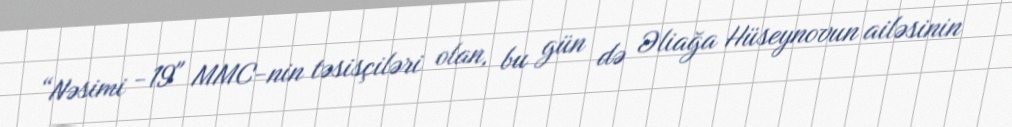
“Nəsimi -19" MMC-nin təsisçiləri olan, bu gün də Əliağa Hüseynovun ailəsinin